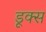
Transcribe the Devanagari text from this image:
डूक्स